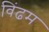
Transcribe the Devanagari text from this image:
विंढम